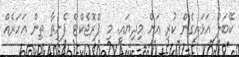
ކޭބަލް އަޅައިގެން ކުރި އަށް މިދިޔައީ. މި ޕްރޮޖެކްޓް ފެށިތާ ތިން އަހަރެއް